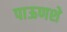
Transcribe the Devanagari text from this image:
पाऊणशे